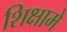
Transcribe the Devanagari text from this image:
शिक्षामे